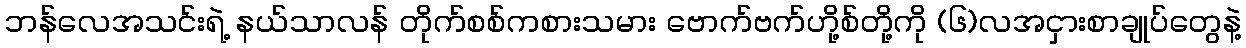
ဘန်လေအသင်းရဲ့ နယ်သာလန် တိုက်စစ်ကစားသမား ဗောက်ဗက်ဟို့စ်တို့ကို (၆)လအငှားစာချုပ်တွေနဲ့